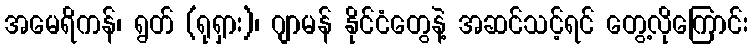
အမေရိကန်၊ ရွတ် (ရုရှား)၊ ဂျာမန် နိုင်ငံတွေနဲ့ အဆင်သင့်ရင် တွေ့လိုကြောင်း